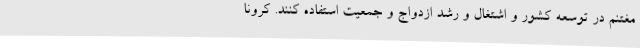
مغتنم در توسعه کشور و اشتغال و رشد ازدواج‌ و جمعیت استفاده کنند. کرونا